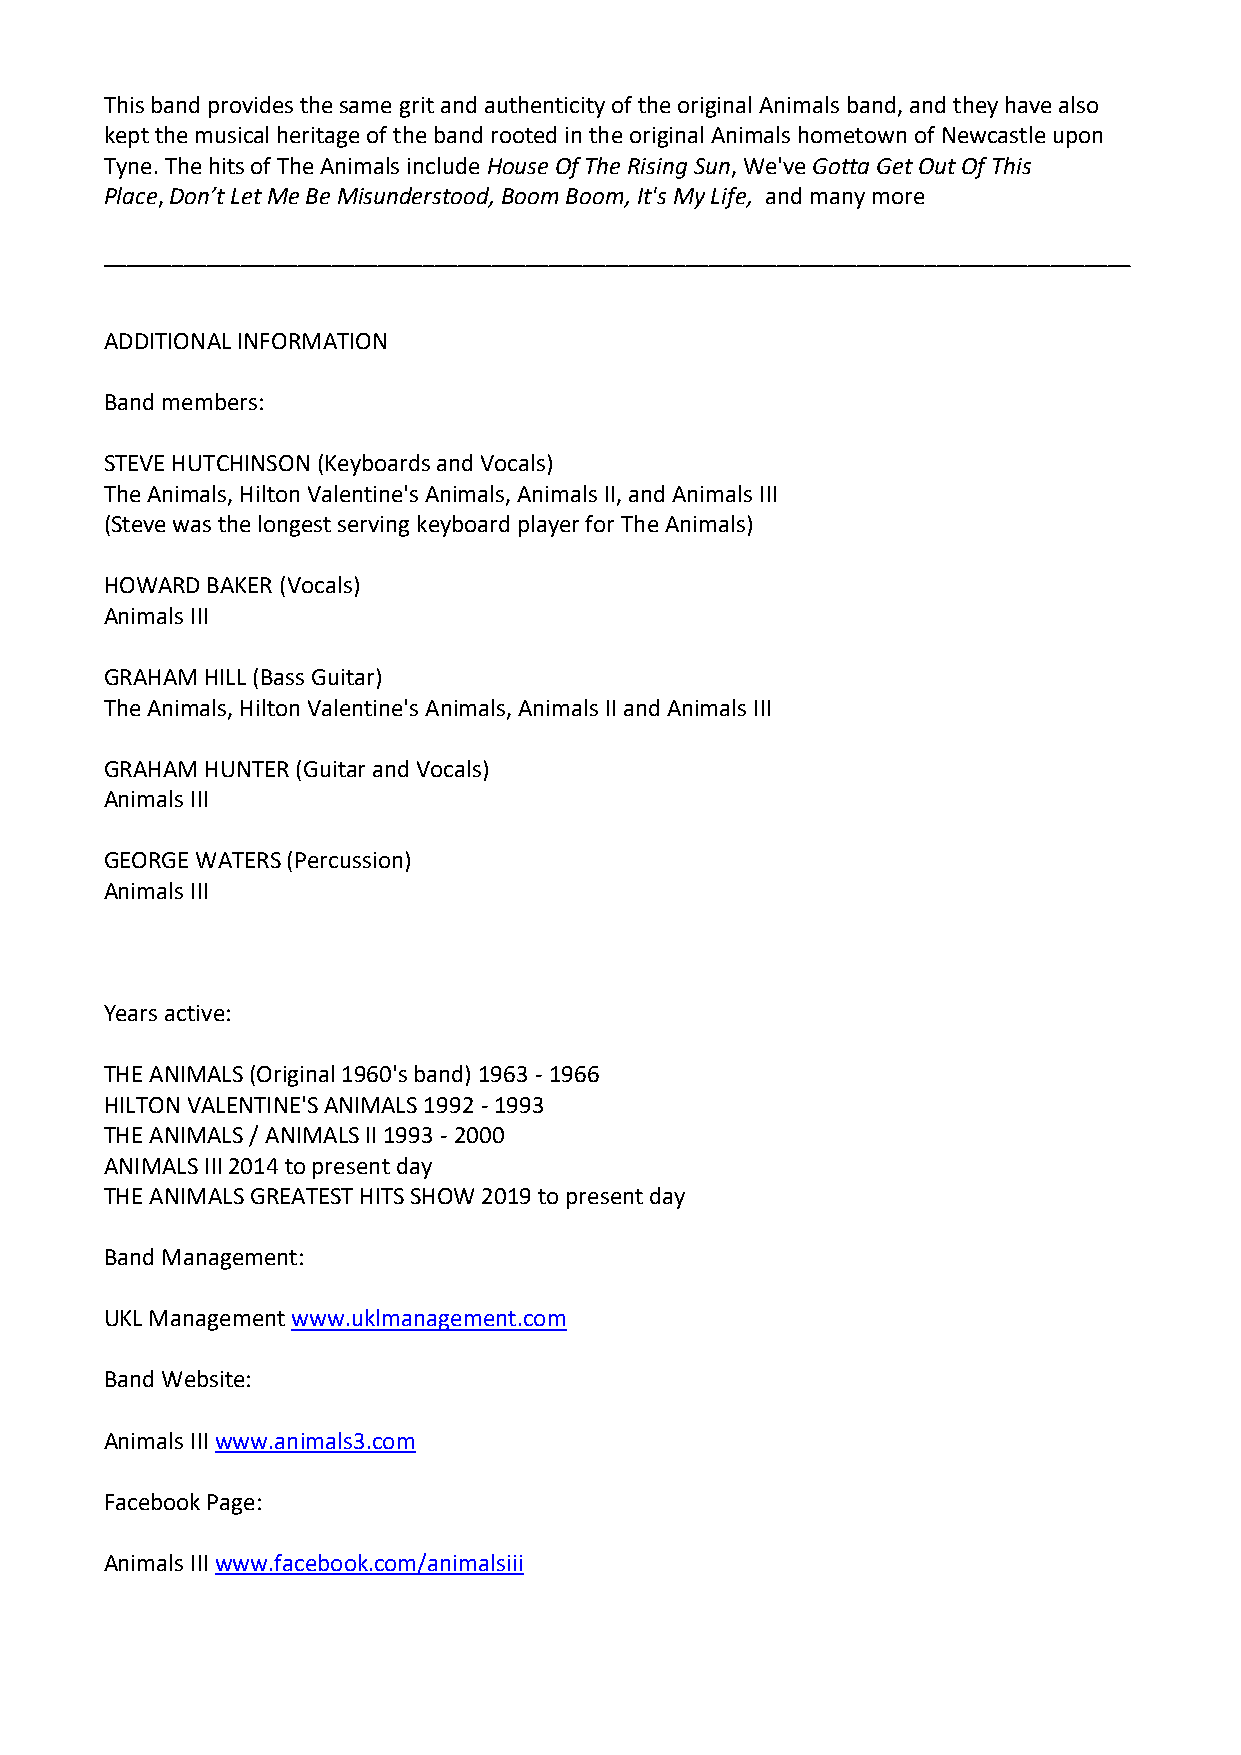
This band provides the same grit and authenticity of the original Animals band, and they have also
 kept the musical heritage of the band rooted in the original Animals hometown of Newcastle upon
 Tyne. The hits of The Animals include House Of The Rising Sun, We've Gotta Get Out Of This
 Place, Don’t Let Me Be Misunderstood, Boom Boom, It's My Life, and many more
 __________________________________________________________________________________________
 ADDITIONAL INFORMATION
 Band members:
 STEVE HUTCHINSON (Keyboards and Vocals)
 The Animals, Hilton Valentine's Animals, Animals II, and Animals III
 (Steve was the longest serving keyboard player for The Animals)
 HOWARD BAKER (Vocals)
 Animals III
 GRAHAM HILL (Bass Guitar)
 The Animals, Hilton Valentine's Animals, Animals II and Animals III
 GRAHAM HUNTER (Guitar and Vocals)
 Animals III
 GEORGE WATERS (Percussion)
 Animals III
 Years active:
 THE ANIMALS (Original 1960's band) 1963 - 1966
 HILTON VALENTINE'S ANIMALS 1992 - 1993
 THE ANIMALS / ANIMALS II 1993 - 2000
 ANIMALS III 2014 to present day
 THE ANIMALS GREATEST HITS SHOW 2019 to present day
 Band Management:
 UKL Management www.uklmanagement.com
 Band Website:
 Animals III www.animals3.com
 Facebook Page:
 Animals III www.facebook.com/animalsiii